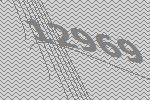
12969